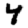
Digit: 4